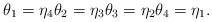
\begin{align*}\theta_1 = \eta_4 \theta_2 = \eta_3 \theta_3 = \eta_2 \theta_4 = \eta_1. \end{align*}